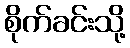
စိုက်ခင်းသို့